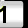
Digit: 1